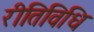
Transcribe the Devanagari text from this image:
रीतिविधि